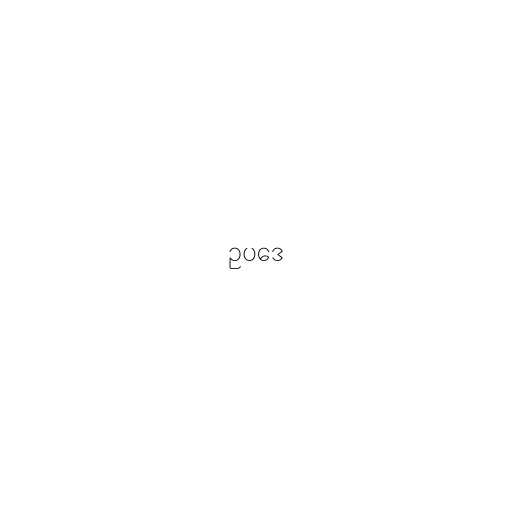
ဥပဒေ